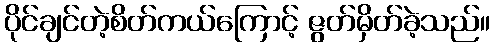
ပိုင်ချင်တဲ့စိတ်ကယ်ကြောင့် ဇွတ်မှိတ်ခဲ့သည်။